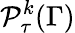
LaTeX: {\mathcal{P}}_{\tau}^{k}(\Gamma)